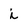
Character: i